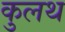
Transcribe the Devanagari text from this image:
कुलथ